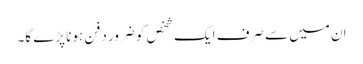
ان میں سے صرف ایک شخص کو ضرور دفن ہونا پڑے گا۔